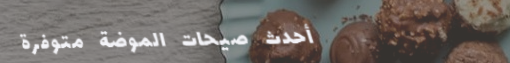
أحدث صيحات الموضة متوفرة